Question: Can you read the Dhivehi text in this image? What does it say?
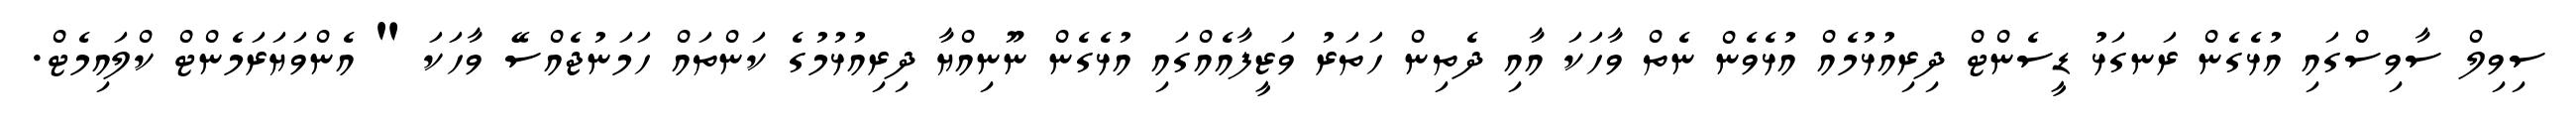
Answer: ސިވިލް ސާވިސްގައި އުޅެގެން ރަނގަޅު ޑީސެންޓް ދިރިއުޅުމެއް އުޅެވެން ނެތް ވާހަކަ އާއި ދެތިން ހަތަރު ވަޒީފާއެއްގައި އުޅެގެން ނޫނިއްޔާ ދިރިއުޅުމުގެ ކަންތައް ހަމަނުޖެއްސޭ ވާހަކަ " އެންވަޔަރަމެންޓް ކްލައިމެޓް.